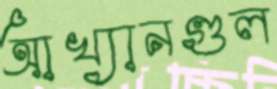
আখ্যানগুল